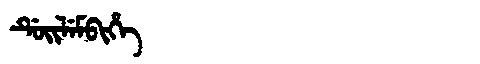
Manchu: ᡩᡠᡳᠯᡝᠮᠪᡳᡥᡝ
Romanization: DUILEMBIHE